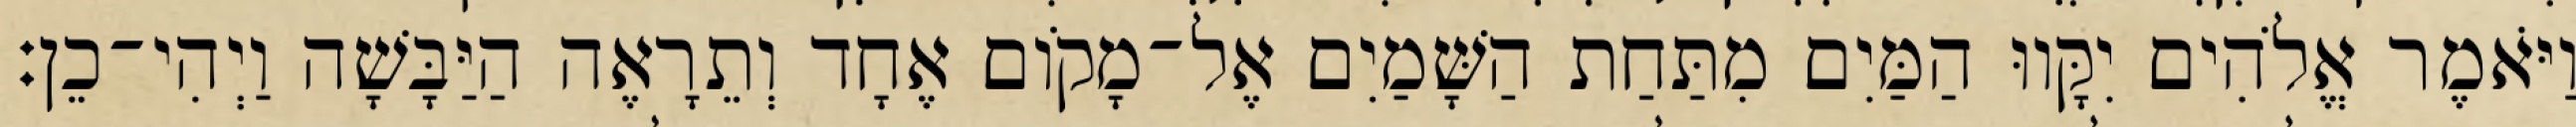
וַיֹּאמֶר אֱלֹהִים יִקָּווּ הַמַּיִם מִתַּחַת הַשָּׁמַיִם אֶל־מָקֹום אֶחָד וְתֵרָאֶה הַיַּבָּשָׁה וַיְהִי־כֵן׃